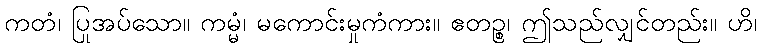
ကတံ၊ ပြုအပ်သော။ ကမ္မံ၊ မကောင်းမှုကံကား။ ဧတဉ္စ၊ ဤသည်လျှင်တည်း။ ဟိ၊